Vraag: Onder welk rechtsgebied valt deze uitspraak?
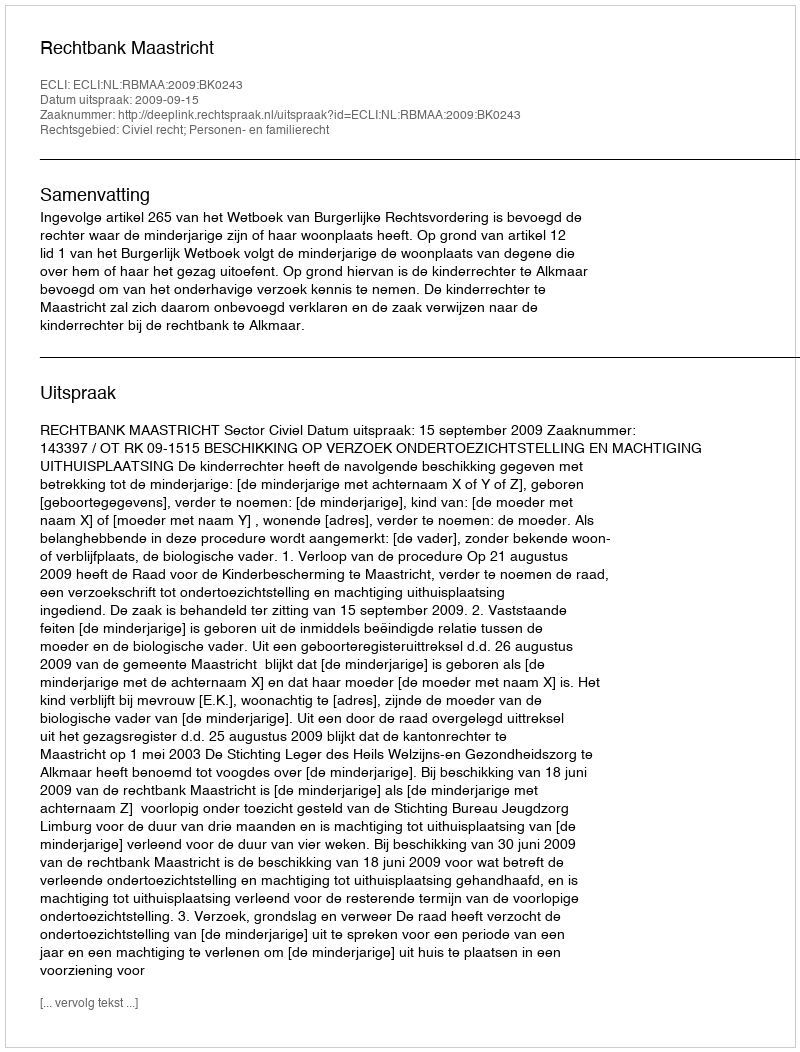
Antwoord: Civiel recht; Personen- en familierecht